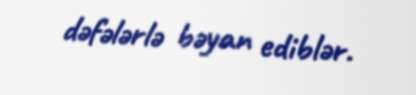
dəfələrlə bəyan ediblər.